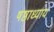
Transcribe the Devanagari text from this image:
षष्ठाध्याय